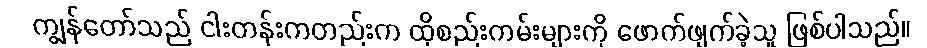
ကျွန်တော်သည် ငါးတန်းကတည်းက ထိုစည်းကမ်းများကို ဖောက်ဖျက်ခဲ့သူ ဖြစ်ပါသည်။